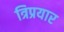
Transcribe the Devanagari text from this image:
त्रिप्रयार